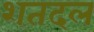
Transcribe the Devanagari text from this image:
शतदल